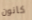
كانون